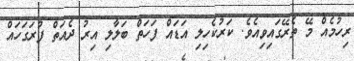
ރިހުމެއް މޭ ތެރޭގައިވިއެވެ. ކަރުކެހިލި އަޑައް ފަހަތް ބަލާލި އިރު ދެއަތް ފުރަގަހައް